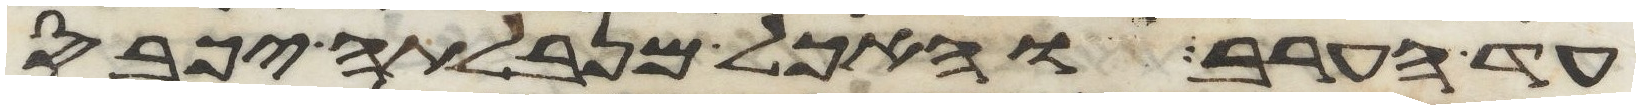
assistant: עד הערב והאכל מנבלתה יכבס